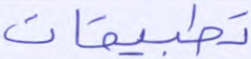
تطبيقات